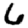
Digit: 6